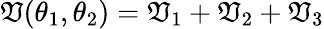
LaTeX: \mathfrak{V}(\theta_{1},\theta_{2})=\mathfrak{V}_{1}+\mathfrak{V}_{2}+\mathfrak{V}_{3}